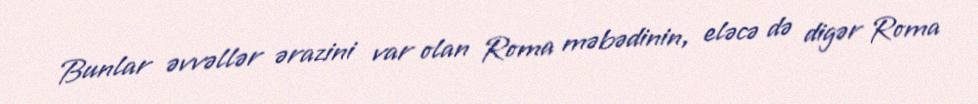
Bunlar əvvəllər ərazini var olan Roma məbədinin, eləcə də digər Roma